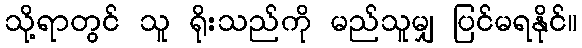
သို့ရာတွင် သူ ရိုးသည်ကို မည်သူမျှ ပြင်မရနိုင်။